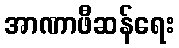
အာဏာဖီဆန်ရေး